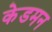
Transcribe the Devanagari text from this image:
केडमन